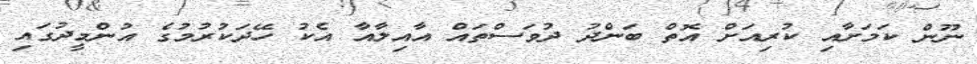
ނޫން ކަމަށާއި ކުރިއަށް އޮތް ބަންދު ދުވަސްތައް އާއިލާއާ އެކު ހޭދަކުރުމުގެ އުންމީދުގައި